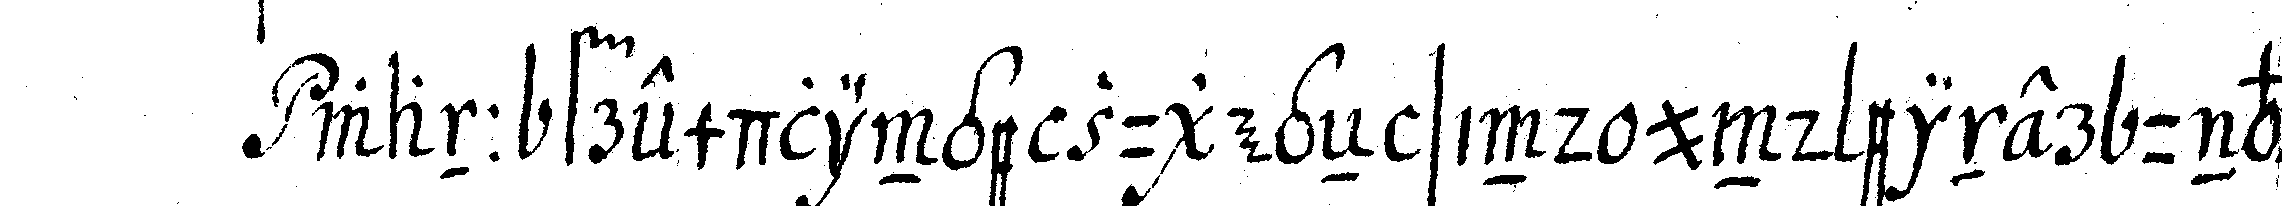
wann fremdlinge zugegeN sind und einer unvor